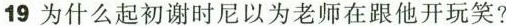
19 为什么起初谢时尼以为老师在跟他开玩笑?